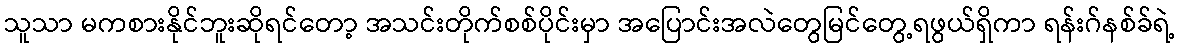
သူသာ မကစားနိုင်ဘူးဆိုရင်တော့ အသင်းတိုက်စစ်ပိုင်းမှာ အပြောင်းအလဲတွေမြင်တွေ့ရဖွယ်ရှိကာ ရန်းဂ်နစ်ခ်ရဲ့